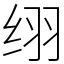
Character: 䌻